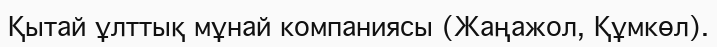
Қытай ұлттық мұнай компаниясы (Жаңажол, Құмкөл).